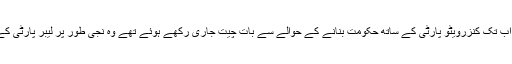
لبرل ڈیمو کریٹس کے مذاکرات کار جو، اب تک کنزرویٹو پارٹی کے ساتھ حکومت بنانے کے حوالے سے بات چیت جاری رکھے ہوئے تھے وہ نجی طور پر لیبر پارٹی کے اعلیٰ اراکان سے ملاقاتیں کر چکے ہیں۔